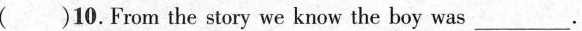
( )10.From the story we know the boy was___.